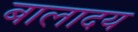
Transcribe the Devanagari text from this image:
बालादय